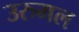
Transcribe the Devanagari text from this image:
उरुमल